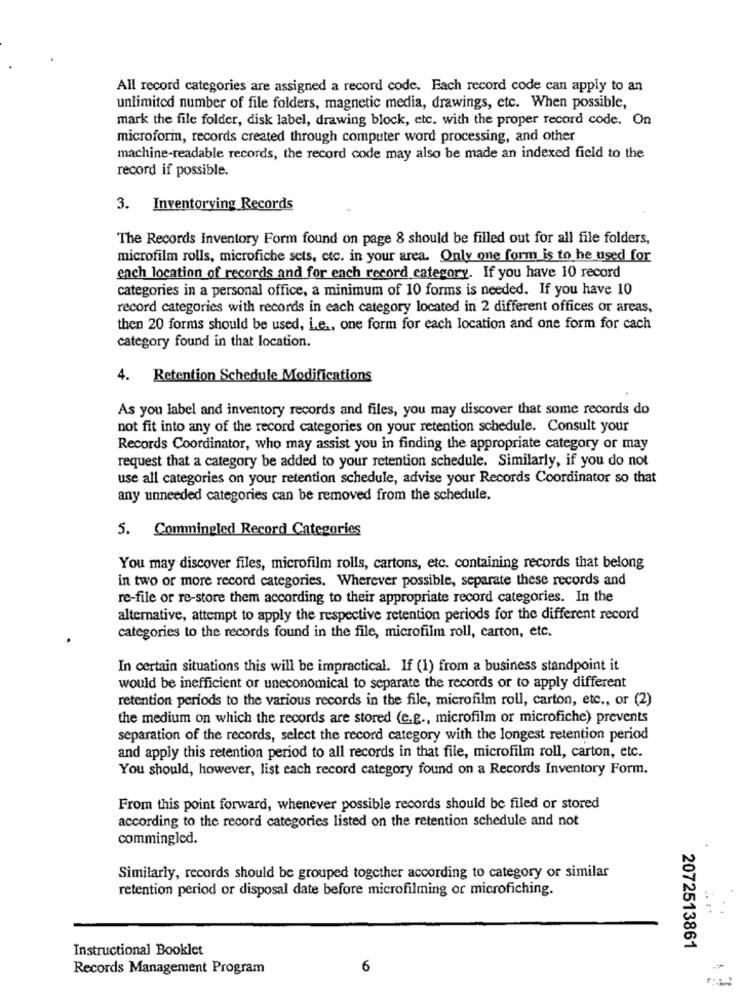
All record categories are assigned a record code. Each record code can apply to an
unlimited number of file folders, magnetic media, drawings, etc. When possible,
mark the file folder, disk label, drawing block, etc. with the proper record code. On
microform, records created through computer word processing, and other
machine-readable records, the record code may also be made an indexed field to the
record if possible.
3. Inventorying Records
The Records Inventory Form found on page 8 should be filled out for all file folders,
microfilm rolls, microfiche sets, etc. in your area. Only one form is to he used for
each location of records and for each record category. If you have 10 record
categories in a personal office, a minimum of 10 forms is needed. If you have 10
record categories with records in each category located in 2 different offices or areas,
then 20 forms should be used, Le ., one form for each location and one form for cach
category found in that location.
4. Retention Schedule Modifications
As you label and inventory records and files, you may discover that some records do
not fit into any of the record categories on your retention schedule. Consult your
Records Coordinator, who may assist you in finding the appropriate category or may
request that a category be added to your retention schedule. Similarly, if you do not
use all categories on your retention schedule, advise your Records Coordinator so that
any unneeded categories can be removed from the schedule.
5. Commingled Record Categories
You may discover files, microfilm rolls, cartons, etc. containing records that belong
in two or more record categories. Wherever possible, separate these records and
re-file or re-store them according to their appropriate record categories. In the
alternative, attempt to apply the respective retention periods for the different record
categories to the records found in the file, microfilm roll, carton, etc.
In certain situations this will be impractical. If (1) from a business standpoint it
would be inefficient or uneconomical to separate the records or to apply different
retention periods to the various records in the file, microfilm roll, carton, etc ., or (2)
the medium on which the records are stored (e.g ., microfilm or microfiche) prevents
separation of the records, select the record category with the longest retention period
and apply this retention period to all records in that file, microfilm roll, carton, etc.
You should, however, list each record category found on a Records Inventory Form.
From this point forward, whenever possible records should be filed or stored
according to the record categories listed on the retention schedule and not
commingled.
Similarly, records should be grouped together according to category or similar
retention period or disposal date before microfilming or microfiching.
Instructional Booklet
2072513861
Records Management Program
6